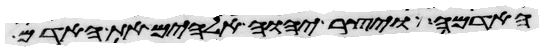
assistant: האדמה ויצר יהוה אלהים את האדם